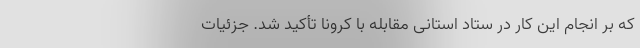
که بر انجام این کار در ستاد استانی مقابله با کرونا تأکید شد. جزئیات